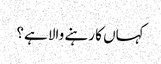
کہاں کا رہنے والا ہے؟